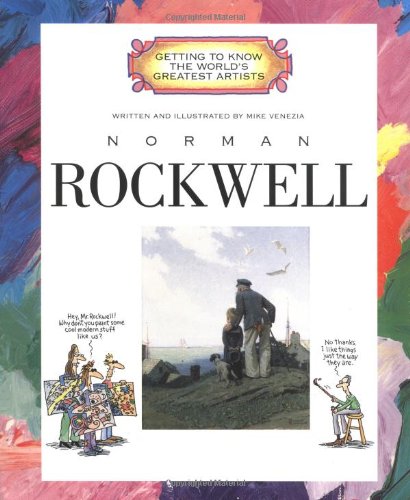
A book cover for Norman Rockwell (Getting to Know the World's Greatest Artists); Mike Venezia; Children's Books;